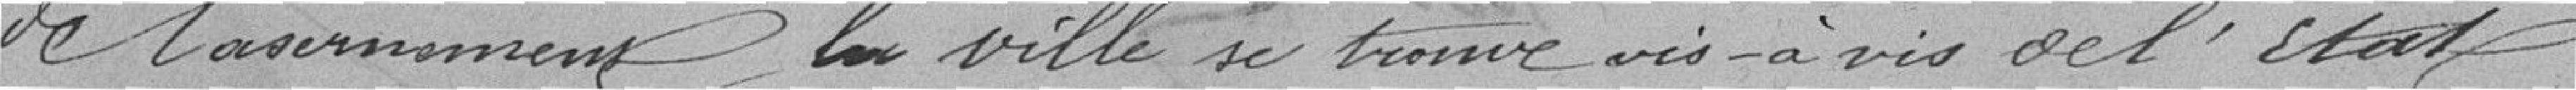
de Casernement, la ville se trouve vis-à-vis de l'Etat